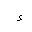
Letter: _hamza